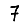
Digit: 7